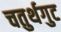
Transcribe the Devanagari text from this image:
चतुर्थगुट